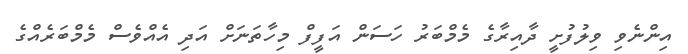
އިންނެވި ވިލުފުށީ ދާއިރާގެ މެމްބަރު ހަސަން އަފީފް މިހާތަނަށް އަދި އެއްވެސް މެމްބަރެއްގެ